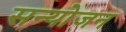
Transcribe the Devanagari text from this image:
सन्योजन